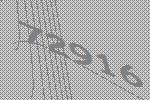
72916